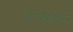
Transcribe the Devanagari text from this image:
वरखेडकर